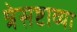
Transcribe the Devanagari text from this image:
त्रेसष्टाव्या